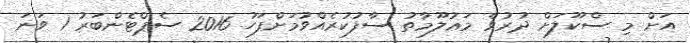
އަށް މި ސްކޫލަށް ދުރުވެ މަޢުލޫމާތު ސާފުކުރެއްވުމަށްފަހު 2016 ސެޕްޓެންބަރު 1 ވަނަ